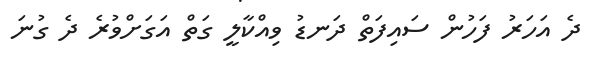
ދެ އަހަރު ފަހުން ސައިފަތް ދަނޑު ވިއްކާލީ ގަތް އަގަށްވުރެ ދެ ގުނަ